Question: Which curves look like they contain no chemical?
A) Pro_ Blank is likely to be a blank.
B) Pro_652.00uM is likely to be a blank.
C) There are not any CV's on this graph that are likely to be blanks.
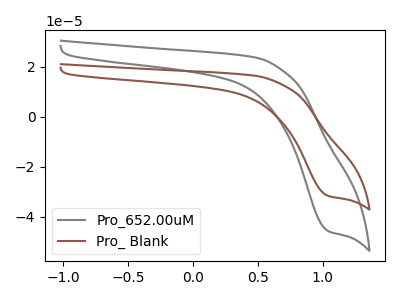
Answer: <think>The gray curve "Pro_652.00uM" has a cathodic peak at: (1.05V, -45.75uA). The brown curve "Pro_ Blank" has a cathodic peak at: (1.05V, -31.65uA).</think>
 <answer>C) There are not any CV's on this graph that are likely to be blanks.</answer>
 <eval>C</eval>